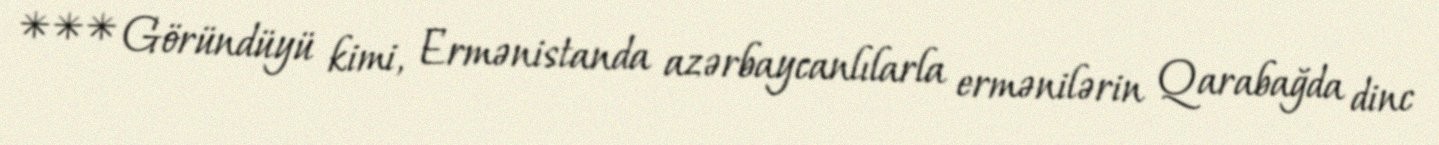
*** Göründüyü kimi, Ermənistanda azərbaycanlılarla ermənilərin Qarabağda dinc